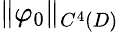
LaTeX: \| \varphi_{0}\| _{C^{4}(D)}